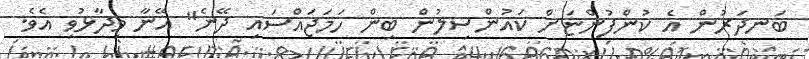
ބަނދަރުން އެ ކުންފުންޏަށް ކައުންސިލުން ބިން ހަމަޖައްސައި ދޭނެ" އޭނާ ވިދާޅުވި އެވެ.